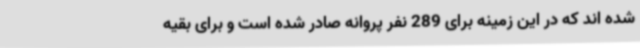
شده اند که در این زمینه برای 289 نفر پروانه صادر شده است و برای بقیه